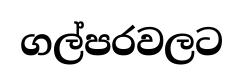
ගල්පරවලට